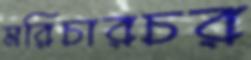
মরিচারচর